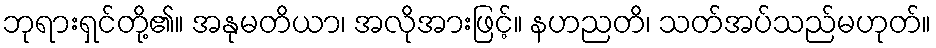
ဘုရားရှင်တို့၏။ အနုမတိယာ၊ အလိုအားဖြင့်။ နဟညတိ၊ သတ်အပ်သည်မဟုတ်။